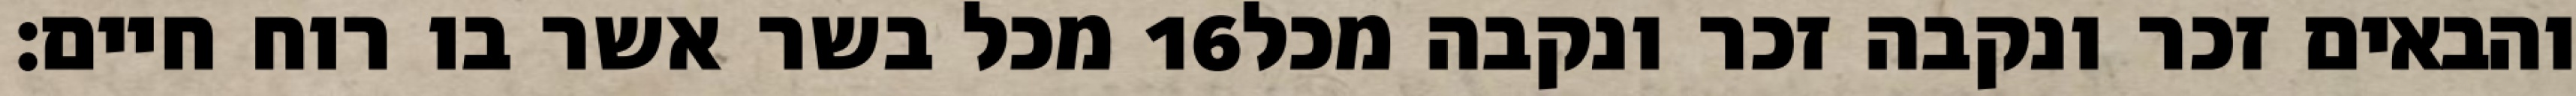
מכל בשר אשר בו רוח חיים׃ ‎16‏ והבאים זכר ונקבה זכר ונקבה מכל